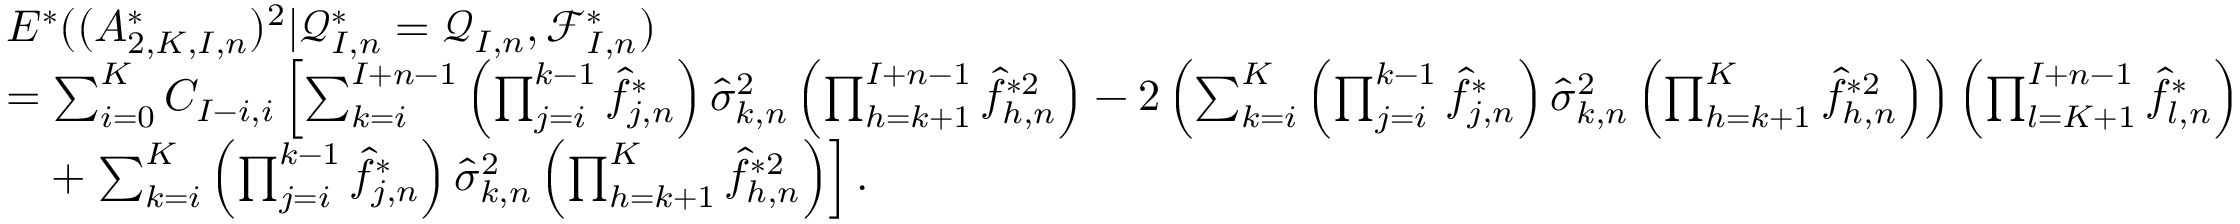
\begin{array} { r l } & { E ^ { * } ( ( A _ { 2 , K , I , n } ^ { * } ) ^ { 2 } | \mathcal { Q } _ { I , n } ^ { * } = \mathcal { Q } _ { I , n } , \mathcal { F } _ { I , n } ^ { * } ) } \\ & { = \sum _ { i = 0 } ^ { K } C _ { I - i , i } \left[ \sum _ { k = i } ^ { I + n - 1 } \left( \prod _ { j = i } ^ { k - 1 } \widehat f _ { j , n } ^ { * } \right) \widehat \sigma _ { k , n } ^ { 2 } \left( \prod _ { h = k + 1 } ^ { I + n - 1 } \widehat f _ { h , n } ^ { * 2 } \right) - 2 \left( \sum _ { k = i } ^ { K } \left( \prod _ { j = i } ^ { k - 1 } \widehat f _ { j , n } ^ { * } \right) \widehat \sigma _ { k , n } ^ { 2 } \left( \prod _ { h = k + 1 } ^ { K } \widehat f _ { h , n } ^ { * 2 } \right) \right) \left( \prod _ { l = K + 1 } ^ { I + n - 1 } \widehat f _ { l , n } ^ { * } \right) \right. } \\ & { \quad + \left. \sum _ { k = i } ^ { K } \left( \prod _ { j = i } ^ { k - 1 } \widehat f _ { j , n } ^ { * } \right) \widehat \sigma _ { k , n } ^ { 2 } \left( \prod _ { h = k + 1 } ^ { K } \widehat f _ { h , n } ^ { * 2 } \right) \right] . } \end{array}